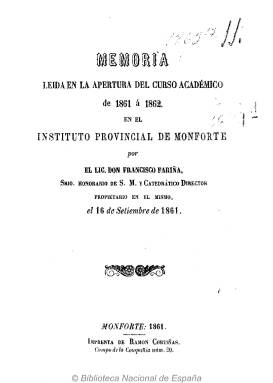
Título: Memoria leída en la apertura del curso académico de ... en el Instituto Provincial de Monforte
Colección: Educación || Anuarios e informes
Ámbito geográfico: Lugo
Lugar de publicación: Monforte [Lugo]
Fechas: 01/01/1861-31/12/1861

Corresponde a la leída el 16 de septiembre de 1861 en la inauguración del curso 1861-1862 por Francisco Fariña, catedrático y director de este instituto de enseñanza secundaria, que tuvo carácter provincial. En ella, Fariña da cuenta de su evolución y la de su profesorado y alumnado (matriculaciones, exámenes, notas obtenidas en cada asignatura o materia), mejoras del edificio e instalaciones, material científico con el que contaba y su situación económica. Va acompañada de una decena de cuadros explicativos del curso anterior (firmados por otros tantos profesores) con el programa lectivo, libros de texto utilizados, inventario del material (instrumentos y aparatos de laboratorio, ejemplares de mineralogía, mapas, obras de la biblioteca, etc.) y resúmenes de los presupuestos de gastos de personal y de materiales y de ingresos. El opúsculo no alcanza las 40 páginas. Existen otros ejemplares en los que, al principio, está estampado el edificio del Convento de los Padres Escolapios, en donde estaba ubicado el instituto, dibujado por Antonio Bujan y litografiado por Jorge Osterberger.